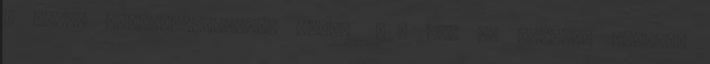
a munka törvénykönyvéről szóló 2012. évi I. törvény hatálya